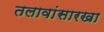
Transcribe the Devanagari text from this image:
तलावांसारखा